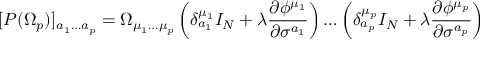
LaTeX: [ P ( \Omega _ { p } ) ] _ { a _ { 1 } \ldots a _ { p } } = \Omega _ { \mu _ { 1 } \ldots \mu _ { p } } \left( \delta _ { a _ { 1 } } ^ { \mu _ { 1 } } I _ { N } + \lambda \frac { \partial \phi ^ { \mu _ { 1 } } } { \partial \sigma ^ { a _ { 1 } } } \right) \ldots \left( \delta _ { a _ { p } } ^ { \mu _ { p } } I _ { N } + \lambda \frac { \partial \phi ^ { \mu _ { p } } } { \partial \sigma ^ { a _ { p } } } \right)